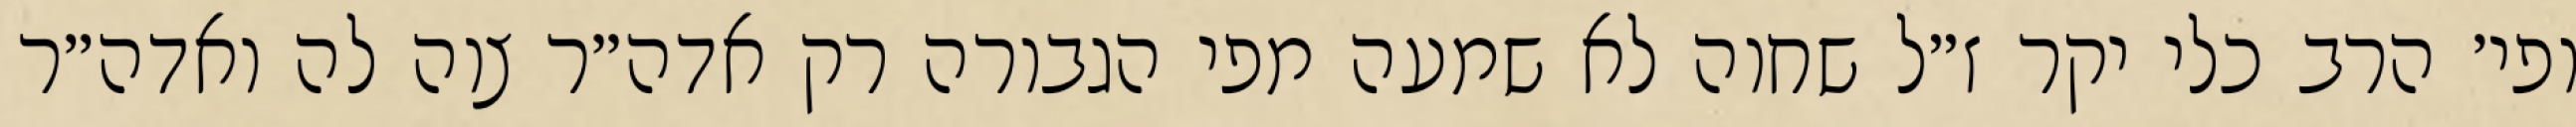
ופי׳ הרב כלי יקר ז״ל שחוה לא שמעה מפי הגבורה רק אדה״ר צוה לה ואדה״ר